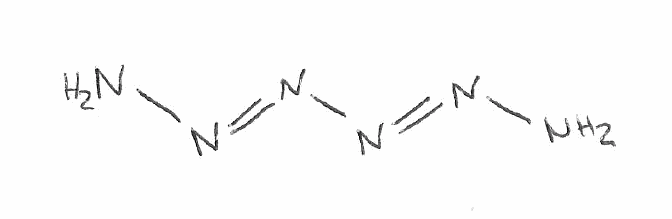
Simplified molecular-input line-entry system (SMILES) notation of the given molecule:
N/N=N/N=N/N